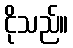
ငိုသည်။